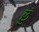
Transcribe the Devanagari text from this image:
छुं